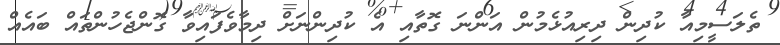
ތެލަސީމިއާ ކުދިން ދިރިއުޅެމުން އަންނަ ގޮތާއި އެ ކުދިންނަށް ދިމާވެފައިވާ ގޮންޖެހުންތައް ބައެއް